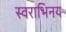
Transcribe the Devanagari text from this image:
स्वराभिनय